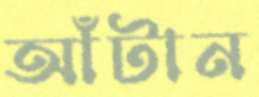
আঁটান